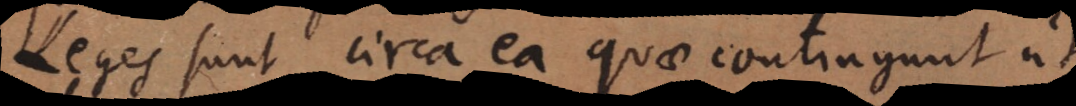
Leges sunt circa ea quae contingunt ut